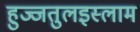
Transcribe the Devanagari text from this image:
हुज्जतुलइस्लाम